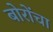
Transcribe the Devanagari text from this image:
बोरोंचा